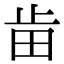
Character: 𣥤